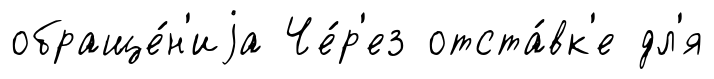
обраще́н'иjа Че́р'ез отста́вк'е дл'я